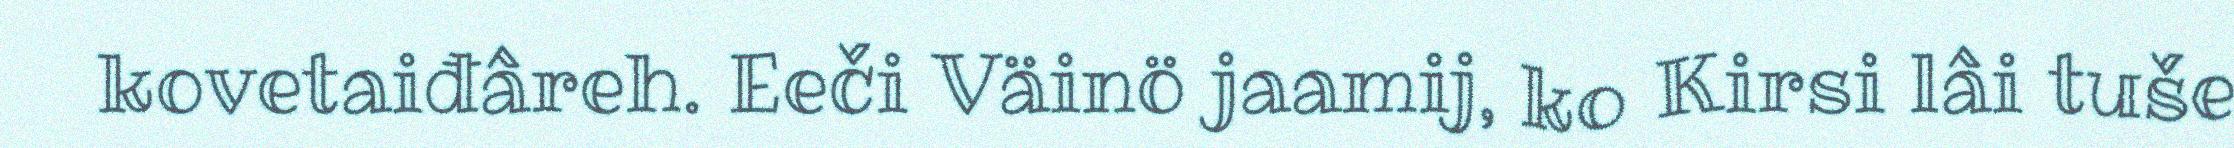
kovetaiđâreh. Eeči Väinö jaamij, ko Kirsi lâi tuše